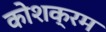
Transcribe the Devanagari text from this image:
कोशक्रम